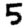
Digit: 5